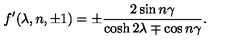
f ^ { \prime } ( \lambda , n , \pm 1 ) = \pm \frac { 2 \sin n \gamma } { \cosh 2 \lambda \mp \cos n \gamma } .